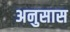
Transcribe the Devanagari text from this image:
अनुसास